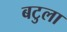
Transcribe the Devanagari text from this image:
बटुला